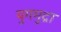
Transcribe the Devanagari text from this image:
युगमुद्रा